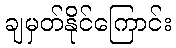
ချမှတ်နိုင်ကြောင်း